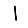
Digit: 1